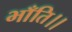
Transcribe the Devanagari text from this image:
भाँति।।